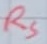
Text: RS